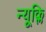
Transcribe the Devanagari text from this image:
न्यूक्लि